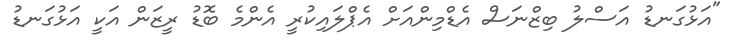
"އަޅުގަނޑު އަސްލު ބިޒްނަސް އެޑްމިންއަށް އެޕްލައިކުރީ އެންމެ ބޮޑު ރީޒަން އަކީ އަޅުގަނޑު